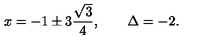
x = - 1 \pm 3 \frac { \sqrt { 3 } } { 4 } , \qquad \Delta = - 2 .